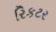
રિકટર